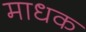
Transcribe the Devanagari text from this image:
माधक